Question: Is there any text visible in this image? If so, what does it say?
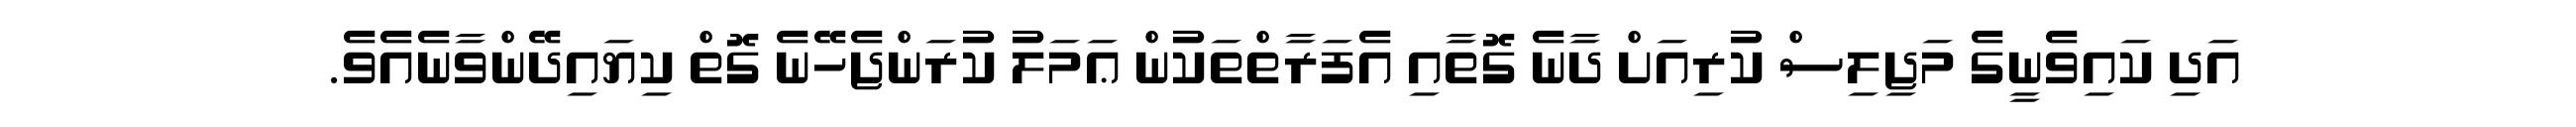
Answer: އަދި ކައިވެނީގެ މަޖިލިސް ކުރިއަށް ދާނެ ގޮތާއި އެފަރާތްތަކުން ޢަމަލު ކުރަންޖެހޭނެ ގޮތް ކިޔައިދޭންވާނެއެވެ.